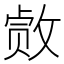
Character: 𫿂